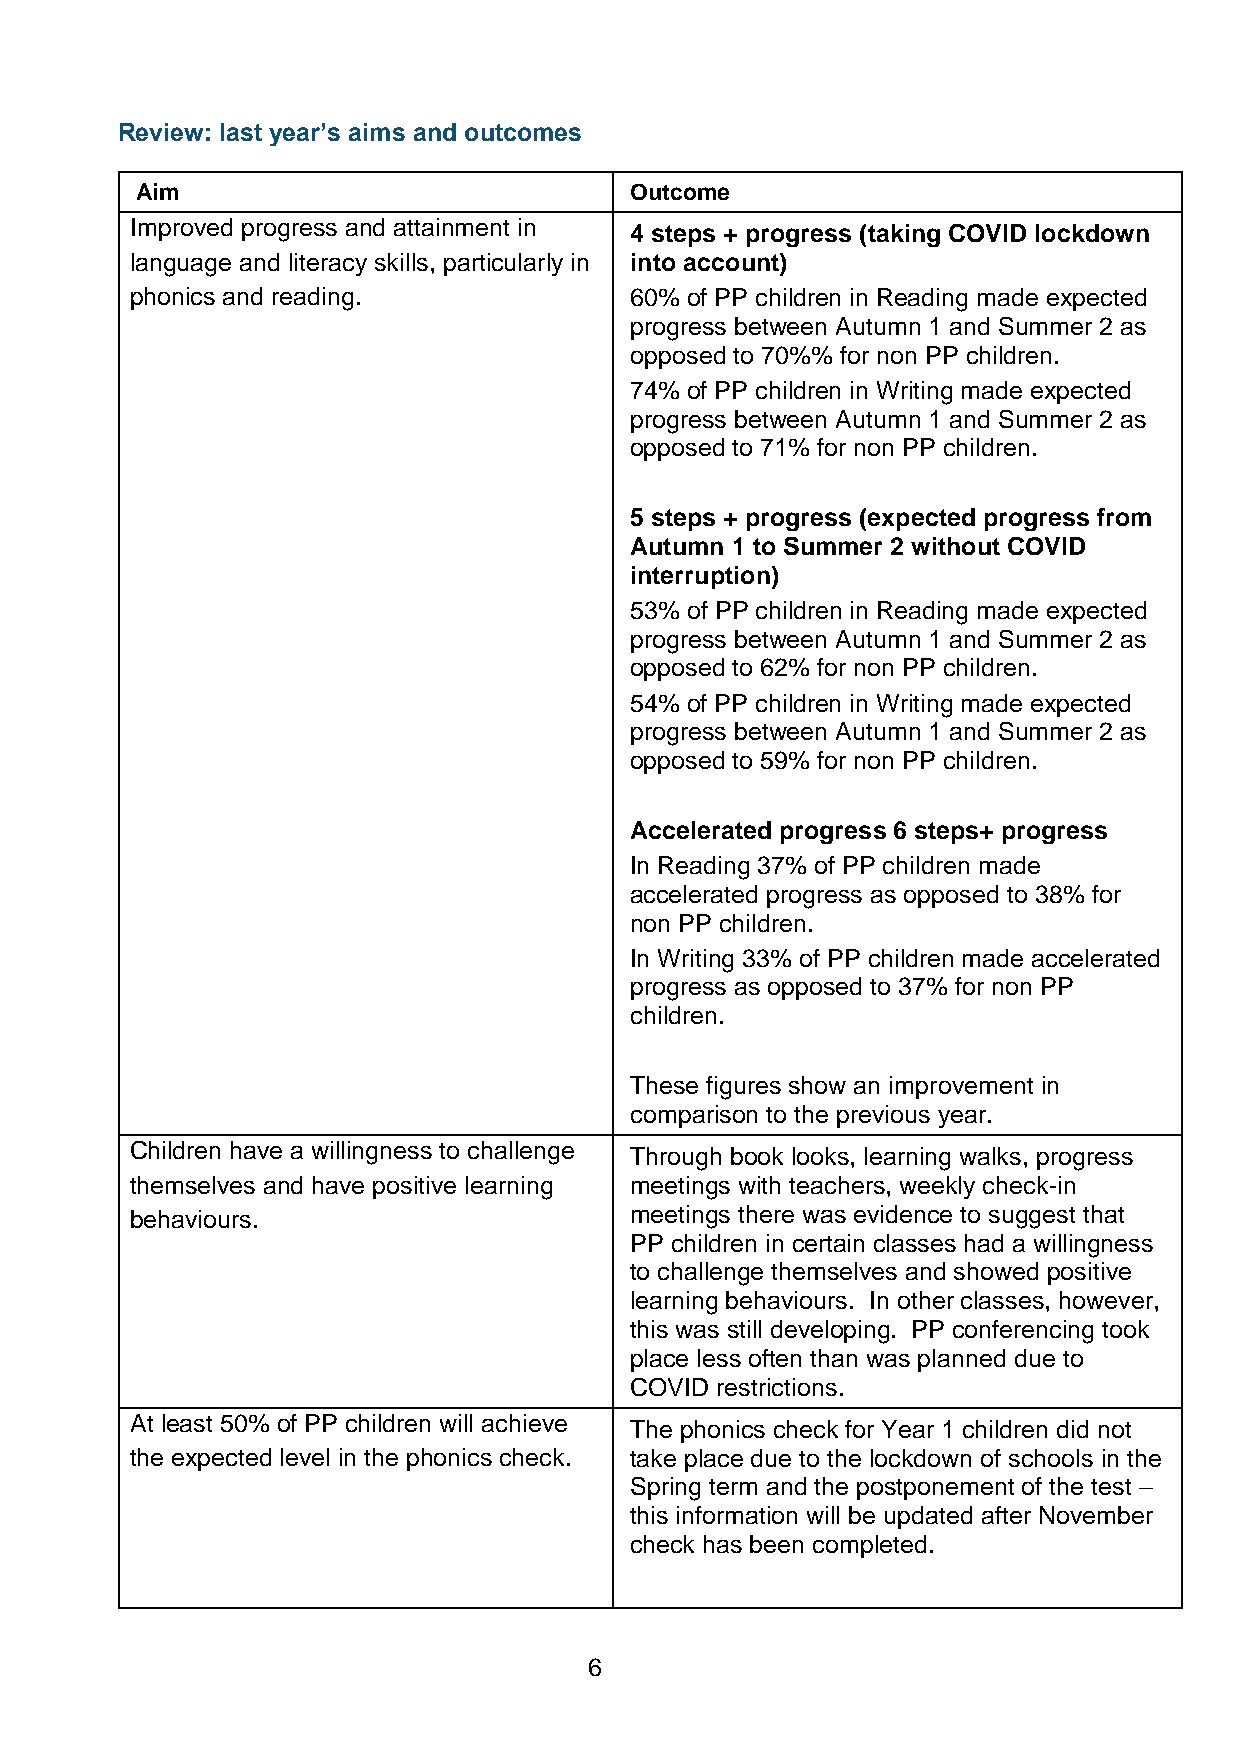
Review: last year’s aims and outcomes
 Aim                              Outcome
 Improved progress and attainment in 4 steps + progress (taking COVID lockdown
 language and literacy skills, particularly in into account)
 phonics and reading.             60% of PP children in Reading made expected
 progress between Autumn 1 and Summer 2 as
 opposed to 70%% for non PP children.
 74% of PP children in Writing made expected
 progress between Autumn 1 and Summer 2 as
 opposed to 71% for non PP children.
 5 steps + progress (expected progress from
 Autumn 1 to Summer 2 without COVID
 interruption)
 53% of PP children in Reading made expected
 progress between Autumn 1 and Summer 2 as
 opposed to 62% for non PP children.
 54% of PP children in Writing made expected
 progress between Autumn 1 and Summer 2 as
 opposed to 59% for non PP children.
 Accelerated progress 6 steps+ progress
 In Reading 37% of PP children made
 accelerated progress as opposed to 38% for
 non PP children.
 In Writing 33% of PP children made accelerated
 progress as opposed to 37% for non PP
 children.
 These figures show an improvement in
 comparison to the previous year.
 Children have a willingness to challenge Through book looks, learning walks, progress
 themselves and have positive learning meetings with teachers, weekly check-in
 behaviours.                      meetings there was evidence to suggest that
 PP children in certain classes had a willingness
 to challenge themselves and showed positive
 learning behaviours. In other classes, however,
 this was still developing. PP conferencing took
 place less often than was planned due to
 COVID restrictions.
 At least 50% of PP children will achieve The phonics check for Year 1 children did not
 the expected level in the phonics check. take place due to the lockdown of schools in the
 Spring term and the postponement of the test –
 this information will be updated after November
 check has been completed.
 6